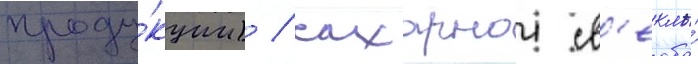
проду́кции) / сахарнои св'еклы́